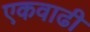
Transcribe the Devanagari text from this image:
एकवाढी